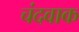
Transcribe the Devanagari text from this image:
चंदवाक